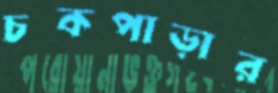
চকপাড়ার